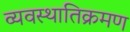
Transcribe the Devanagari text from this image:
व्यवस्थातिक्रमण